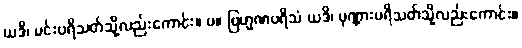
ယဒိ၊ မင်းပရိသတ်သို့လည်းကောင်း။ ပ။ ဗြဟ္မဏပရိသံ ယဒိ၊ ပုဏ္ဏားပရိသတ်သို့လည်းကောင်း။